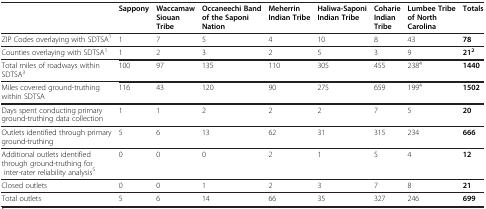
|  | Sappony | Waccamaw Siouan Tribe | Occaneechi Band of the Saponi Nation | Meherrin Indian Tribe | Haliwa-Saponi Indian Tribe | Coharie Indian Tribe | Lumbee Tribe of North Carolina | Totals |
 | --- | --- | --- | --- | --- | --- | --- | --- | --- |
 | ZIP Codes overlaying with SDTSA1 | 1 | 7 | 5 | 4 | 10 | 8 | 43 | 78 |
 | Counties overlaying with SDTSA1 | 1 | 2 | 3 | 2 | 5 | 3 | 9 | 212 |
 | Total miles of roadways within SDTSA3 | 100 | 97 | 135 | 110 | 305 | 455 | 2384 | 1440 |
 | Miles covered ground-truthing within SDTSA | 116 | 43 | 120 | 90 | 275 | 659 | 1994 | 1502 |
 | Days spent conducting primary ground-truthing data collection | 1 | 1 | 2 | 2 | 2 | 7 | 5 | 20 |
 | Outlets identified through primary ground-truthing | 5 | 6 | 13 | 62 | 31 | 315 | 234 | 666 |
 | Additional outlets identified through ground-truthing for inter-rater reliability analysis5 | 0 | 0 | 0 | 2 | 1 | 5 | 4 | 12 |
 | Closed outlets | 0 | 0 | 1 | 2 | 3 | 7 | 8 | 21 |
 | Total outlets | 5 | 6 | 14 | 66 | 35 | 327 | 246 | 699 |